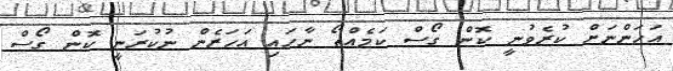
އަހަންނަށް ކުރެވުނީ ކޮން ގޯސް ކަމެއްތޯ ނާހައި އަހަރެން ނުކުރަނީ ކޮން ގޯސް